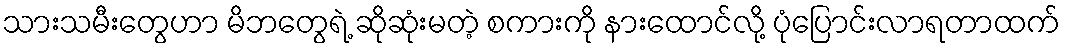
သားသမီးတွေဟာ မိဘတွေရဲ့ ဆိုဆုံးမတဲ့ စကားကို နားထောင်လို့ ပုံပြောင်းလာရတာထက်